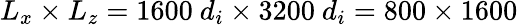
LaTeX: L_{x}\times L_{z}=1600~d_{i}\times 3200~d_{i}=800\times 1600